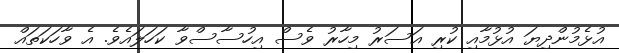
އުޅެމުންދިޔަ އުޅުމާއި ކުރި އަސަރު މިހާރު ވެސް އިހުސާސްވާ ކަހަލައެވެ. އެ ވާހަކަތައް